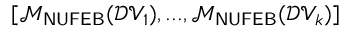
[ \mathcal { M } _ { \sf N U F E B } ( \mathcal { D V } _ { 1 } ) , . . . , \mathcal { M } _ { \sf N U F E B } ( \mathcal { D V } _ { k } ) ]